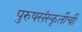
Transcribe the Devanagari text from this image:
पुरुषसंस्कृतीची